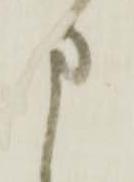
申